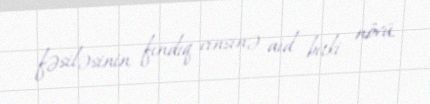
fəsiləsinin fındıq cinsinə aid bitki növü.